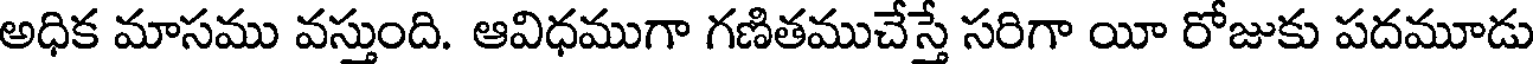
అధిక మాసము వస్తుంది. ఆవిధముగా గణితముచేస్తే సరిగా యీ రోజుకు పదమూడు